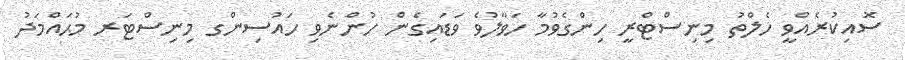
ސޮއިކުރެއްވީ ހެލްތު މިނިސްޓްރީ ހިންގެވުމާ ހަވާލުވެ ވަޑައިގެން ހުންނެވި ހައުސިންގ މިނިސްޓަރ މުޙައްމަދު